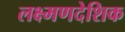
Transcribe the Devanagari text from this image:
लक्ष्मणदेशिक